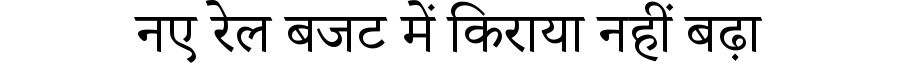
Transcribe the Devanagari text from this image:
नए रेल बजट में किराया नहीं बढ़ा